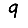
Digit: 9